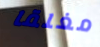
مغلقا